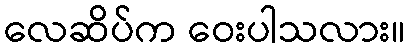
လေဆိပ်က ဝေးပါသလား။